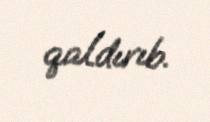
qaldırıb.